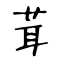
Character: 茸